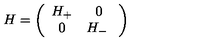
H = \left( \begin{array} { c c } { H _ { + } } & { 0 } \\ { 0 } & { H _ { - } \ } \\ \end{array} \right)